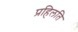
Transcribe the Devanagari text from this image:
प्रहिलति